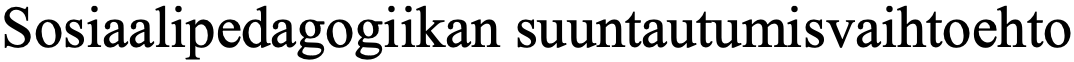
Sosiaalipedagogiikan suuntautumisvaihtoehto